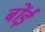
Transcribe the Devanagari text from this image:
बोंई